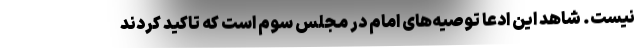
نیست. شاهد این ادعا توصیه‌های امام در مجلس سوم است که تاکید کردند